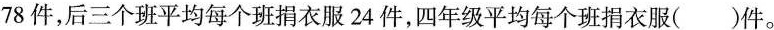
78件，后三个班平均每个班捐衣服24件，四年级平均每个班捐衣服( )件。